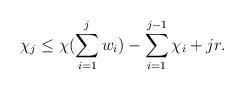
LaTeX: \begin{align*}\chi_j \leq \chi(\sum\limits_{i=1}^j w_i) -\sum\limits_{i=1}^{j-1}\chi_i + jr.\end{align*}